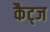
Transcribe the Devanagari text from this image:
कैट्ज